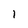
Character: l